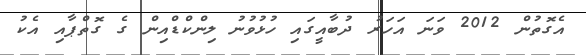
އެގޮތުން 2012 ވަނަ އަހަރު ދުބާއީގައި ހުޅުވުނު ލިންކްޑްއިން ގެ ގޮތްޕާއި އެކު